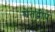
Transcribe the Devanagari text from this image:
श्वेतद्वीप